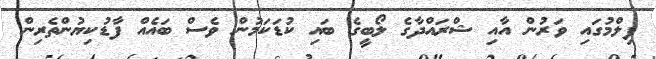
ފިލްމުގައި ވަރުން އާއި ޝްރައްދާގެ ލޯބީގެ ބައި ކުޑަކަމުން ވެސް ބައެއް ފާޑުކިޔުންތެރިން